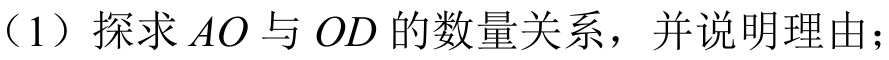
(1) 探求 \(AO\) 与 \(OD\) 的数量关系，并说明理由；